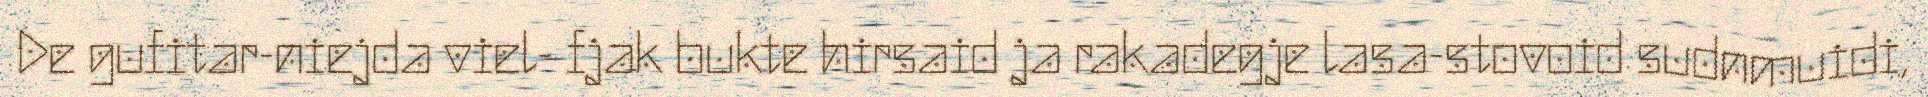
De gufitar-niejda viel- fjak bukte hirsaid ja rakadegje lasa-stovoid sudnmuidi,